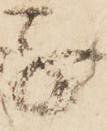
子